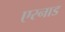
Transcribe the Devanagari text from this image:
एरनाड